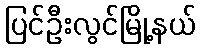
ပြင်ဦးလွင်မြို့နယ်